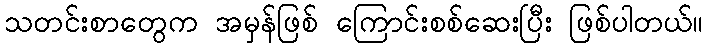
သတင်းစာတွေက အမှန်ဖြစ် ကြောင်းစစ်ဆေးပြီး ဖြစ်ပါတယ်။